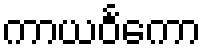
ကာယဝင်္ကော